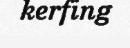
kerfing